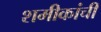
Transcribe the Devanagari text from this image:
शमीकांची